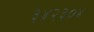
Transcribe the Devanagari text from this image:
३४२३०४